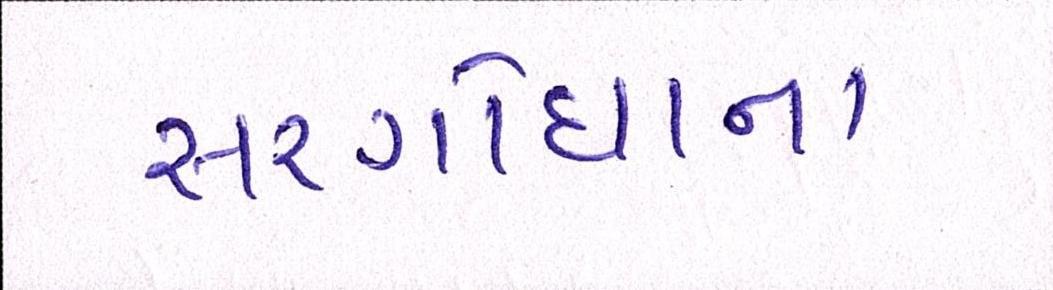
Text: સરગોધાના